Vaccine operations Central Provinces 1886-1899 - 1886-1899
Year: 1886
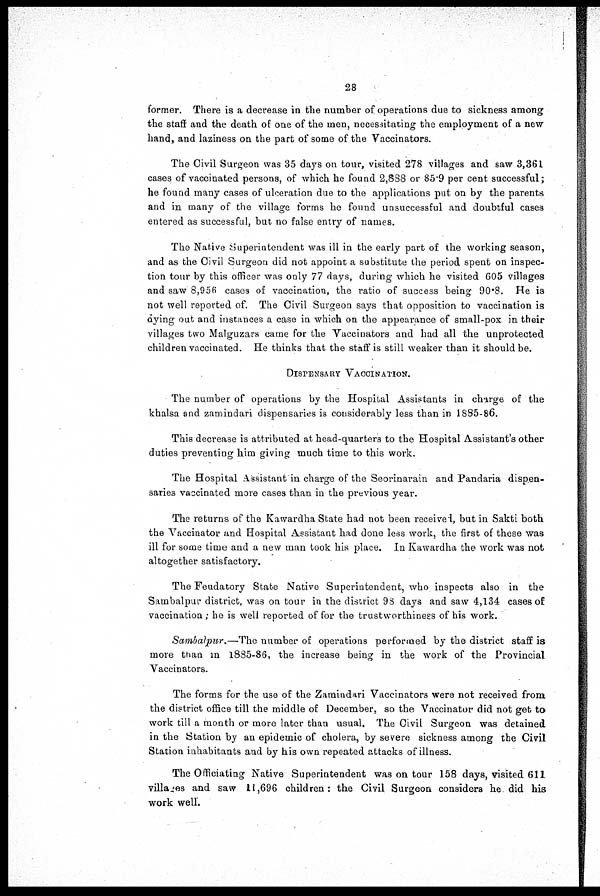
28
former. There is a decrease in the number of operations due to sickness among
the staff and the death of one of the men, necessitating the employment of a new
hand, and laziness on the part of some of the Vaccinators.
The Civil Surgeon was 35 days on tour, visited 278 villages and saw 3,361
cases of vaccinated persons, of which he found 2,888 or 85.9 per cent successful;
he found many cases of ulceration due to the applications put on by the parents
and in many of the village forms he found unsuccessful and doubtful cases
entered as successful, but no false entry of names.
The Native Superintendent was ill in the early part of the working season,
and as the Civil Surgeon did not appoint a substitute the period spent on inspec-
tion tour by this officer was only 77 days, during which he visited 605 villages
and saw 8,956 cases of vaccination, the ratio of success being 90.8. He is
not well reported of. The Civil Surgeon says that opposition to vaccination is
dying out and instances a case in which on the appearance of small-pox in their
villages two Malguzars came for the Vaccinators and had all the unprotected
children vaccinated. He thinks that the staff is still weaker than it should be.
DISPENSARY VACCINATION.
The number of operations by the Hospital Assistants in charge of the
khalsa and zamindari dispensaries is considerably less than in 1885-86.
This decrease is attributed at head-quarters to the Hospital Assistant's other
duties preventing him giving much time to this work.
The Hospital Assistant in charge of the Seorinarain and Pandaria dispen-
saries vaccinated more cases than in the previous year.
The returns of the Kawardha State had not been received, but in Sakti both
the Vaccinator and Hospital Assistant had done less work, the first of these was
ill for some time and a new man took his place. In Kawardha the work was not
altogether satisfactory.
The Feudatory State Native Superintendent, who inspects also in the
Sambalpur district, was on tour in the district 98 days and saw 4,134 cases of
vaccination ; be is well reported of for the trustworthiness of his work.
Sambalpur.—The number of operations performed by the district staff is
more than in 1885-86, the increase being in the work of the Provincial
Vaccinators.
The forms for the use of the Zamindari Vaccinators were not received from
the district office till the middle of December, so the Vaccinator did not get to
work till a month or more later than usual. The Civil Surgeon was detained
in the Station by an epidemic of cholera, by severe sickness among the Civil
Station inhabitants and by his own repeated attacks of illness.
The Officiating Native Superintendent was on tour 158 days, visited 611
villages and saw 11,696 children : the Ciyil Surgeon considers he did his
work well.